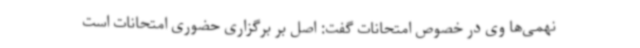
نهمی‌ها وی در خصوص امتحانات گفت: اصل بر برگزاری حضوری امتحانات است